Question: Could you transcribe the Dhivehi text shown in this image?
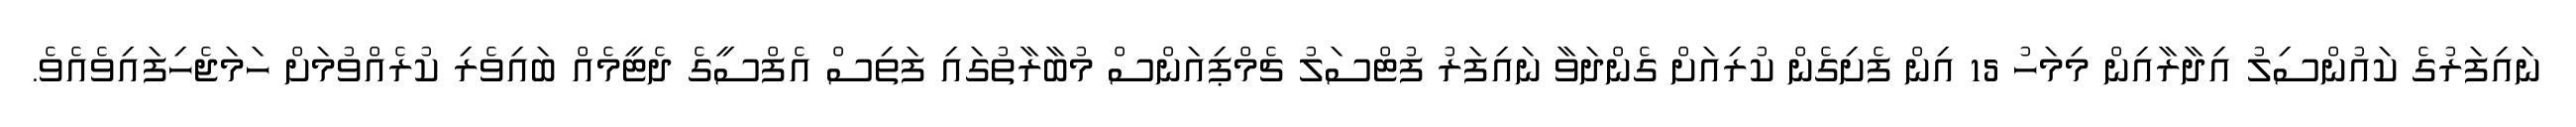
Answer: ނައިފަރުގެ ކައުންސިލު އިދާރާއިން މިމަހު 15 އިން ފެށިގެން ކުރިއަށް ގެންދަވާ ނައިފަރު ފުޓްސަލު ޗެމްޕިއަންސް މުބާރާތުގައި ފަތިސް އެފްސީގެ ދެޓީމެއް ބައިވެރި ކުރެއްވުމަށް ހަމަޖެހިފައިވެއެވެ.